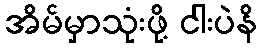
အိမ်မှာသုံးဖို့ ငါးပဲနိ